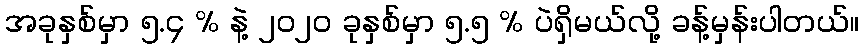
အခုနှစ်မှာ ၅.၄ % နဲ့ ၂၀၂၀ ခုနှစ်မှာ ၅.၅ % ပဲရှိမယ်လို့ ခန့်မှန်းပါတယ်။